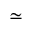
\simeq